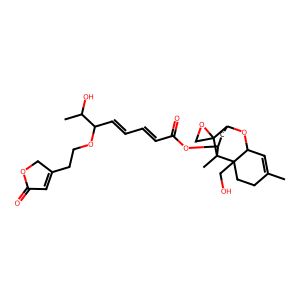
SMILES: CC1=CC2OC3CC(OC(=O)C=CC=CC(OCCC4=CC(=O)OC4)C(C)O)C(C)(C2(CO)CC1)C31CO1
Inhibits HIV replication: No